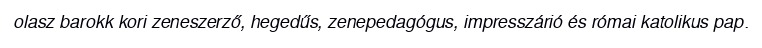
olasz barokk kori zeneszerző, hegedűs, zenepedagógus, impresszárió és római katolikus pap.